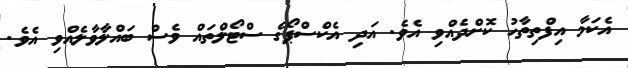
އެކަމާ އިފްތިތާހު ކޮށްދެއްވި އެވެ. އަދި އެކްސްޕޯގެ ސްޓޯލްތައް ވެސް ބައްލާވާލެއްވި އެވެ.